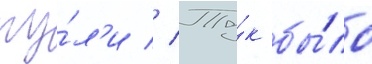
пу́л'и // Та́к бы́ло